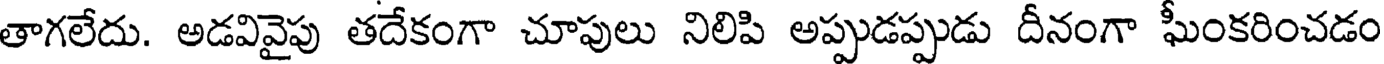
తాగలేదు. అడవివైపు తదేకంగా చూపులు నిలిపి అప్పుడప్పుడు దీనంగా ఘీంకరించడం